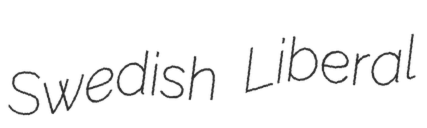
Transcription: Swedish Liberal